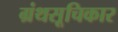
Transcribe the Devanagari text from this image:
ग्रंथसूचिकार